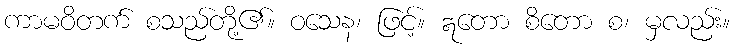
ကာမဝိတက် စသည်တို့၏။ ဝသေန၊ ဖြင့်။ ဣတော စိတော စ၊ မှလည်း။